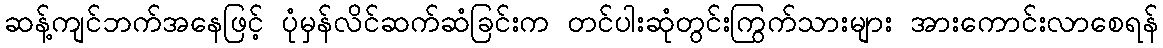
ဆန့်ကျင်ဘက်အနေဖြင့် ပုံမှန်လိင်ဆက်ဆံခြင်းက တင်ပါးဆုံတွင်းကြွက်သားများ အားကောင်းလာစေရန်